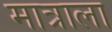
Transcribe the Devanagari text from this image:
मात्राला